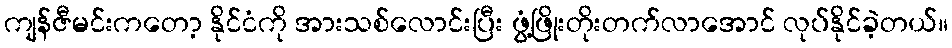
ကျန်ဇီမင်းကတော့ နိုင်ငံကို အားသစ်လောင်းပြီး ဖွံ့ဖြိုးတိုးတက်လာအောင် လုပ်နိုင်ခဲ့တယ်။